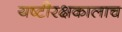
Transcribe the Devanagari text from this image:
यष्टीरक्षकालाच